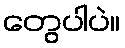
တွေပါပဲ။